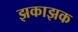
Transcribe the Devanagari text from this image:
झकाझक